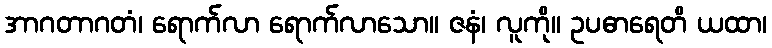
အာဂတာဂတံ၊ ရောက်လာ ရောက်လာသော။ ဇနံ၊ လူကို။ ဥပဓာရေတိ ယထာ၊